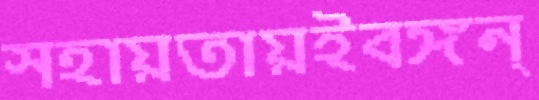
সহায়তায়ইবঙ্গন্